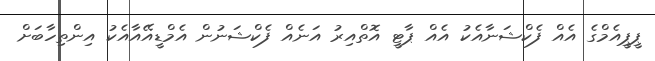
ޕީޕީއެމްގެ އެއް ފެކްޝަނާއެކު އެއް ޕާޓީ އޮތްއިރު އަނެއް ފެކްޝަނުން އެމްޑީއޭއާއެކު އިންތިހާބަށް